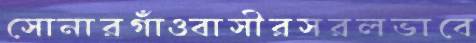
সোনারগাঁওবাসীরসরলভাবে